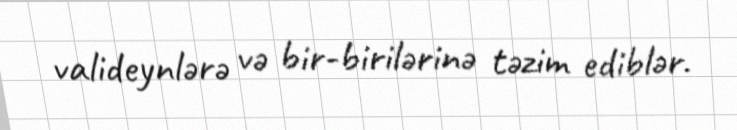
valideynlərə və bir-birilərinə təzim ediblər.